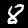
Digit: 8